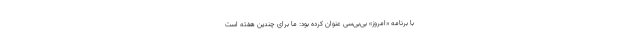
با برنامه «امروز» بی‌بی‌سی عنوان کرده بود: ما برای چندین هفته است